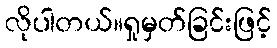
လိုပါတယ်။ရှုမှတ်ခြင်းဖြင့်